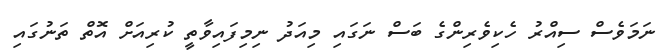
ނަމަވެސް ސިއްރު ހެކިވެރިންގެ ބަސް ނަގައި މިއަދު ނިމިފައިވާތީ ކުރިއަށް އޮތް ތަނުގައި